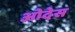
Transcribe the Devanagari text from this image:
ओदेस